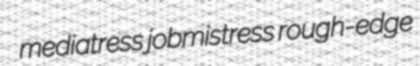
mediatress jobmistress rough-edge